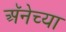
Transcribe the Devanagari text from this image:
अॅनेच्या